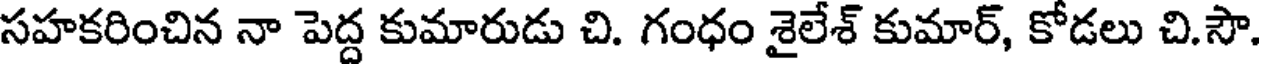
సహకరించిన నా పెద్ద కుమారుడు చి. గంధం శైలేశ్ కుమార్, కోడలు చి.సౌ.